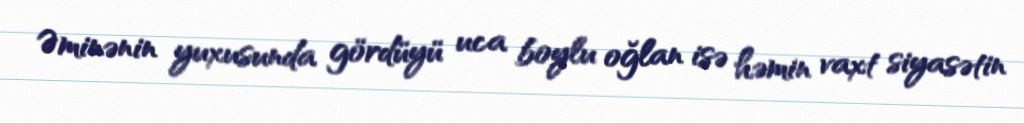
Əminənin yuxusunda gördüyü uca boylu oğlan isə həmin vaxt siyasətin